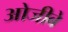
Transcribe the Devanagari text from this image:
ओजीबे